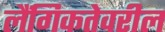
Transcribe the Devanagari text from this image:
लैंगिकतेवरील